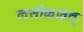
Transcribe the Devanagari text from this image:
लसीकावत्